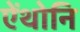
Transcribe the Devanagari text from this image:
ऐंथोनि